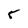
Character: 5